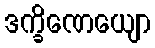
ဒက္ခိဏေယျော